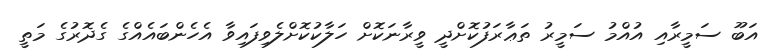
އަބޫ ސަމީރާއި އުއްމު ސަމީރު ތަޢާރަފުކޮށްދީ ވީރާނަކޮށް ހަލާކުކޮށްލެވިފައިވާ އެހެންބައެއްގެ ގެދޮރުގެ މަތީ